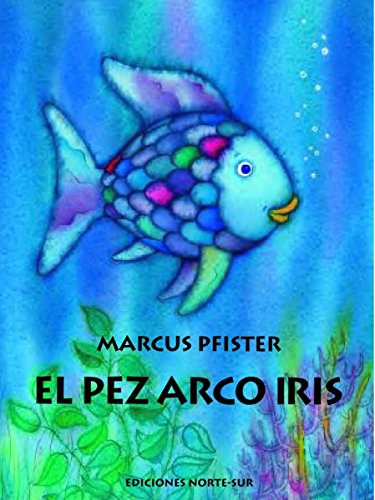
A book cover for El Pez Arco Iris (Spanish Edition); Marcus Pfister; Children's Books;